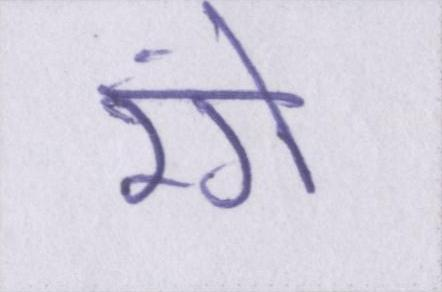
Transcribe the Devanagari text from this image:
रंगे